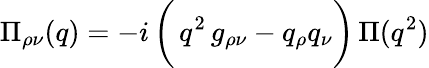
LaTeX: {\Pi}_{\rho\nu}(q)=-i\, \biggl(\, q^{2}\, g_{\rho\nu}-q_{\rho}q_{\nu}\biggr)\, \Pi(q^{2})